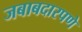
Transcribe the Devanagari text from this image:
जबाबदारपणे